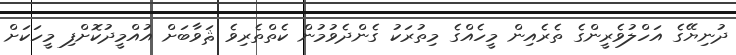
ދުނިޔޭގެ އަހްލުވެރީންގެ ތެރެއިން މީހެއްގެ މިތުރަކު ގެންދެވުމުން ކެތްތެރިވެ ޘަވާބަށް އުއްމީދުކޮށްފި މީހަކަށް